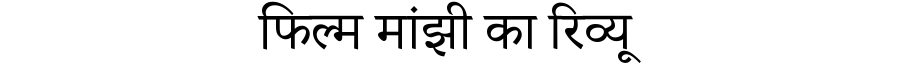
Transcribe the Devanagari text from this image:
फिल्म मांझी का रिव्यू